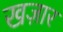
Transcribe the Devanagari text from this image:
खज़ार